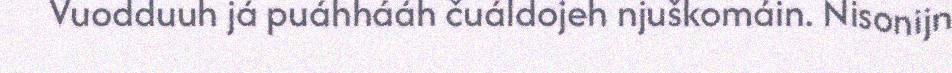
Vuodduuh já puáhhááh čuáldojeh njuškomáin. Nisonijn